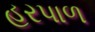
હરપાળ